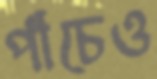
পাঁচেও